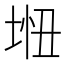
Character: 𫭵